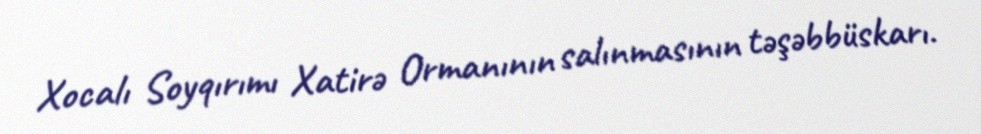
Xocalı Soyqırımı Xatirə Ormanının salınmasının təşəbbüskarı.